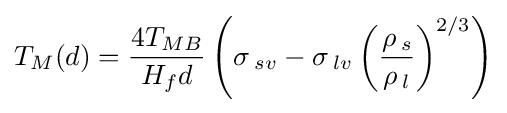
T_{M}(d)={\frac {4T_{MB}}{H_{f}d}}\left(\sigma \,_{sv}-\sigma \,_{lv}\left({\frac {\rho \,_{s}}{\rho \,_{l}}}\right)^{2/3}\right)